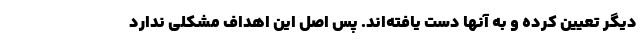
دیگر تعیین کرده و به آنها دست یافته‌اند. پس اصل این اهداف مشکلی ندارد